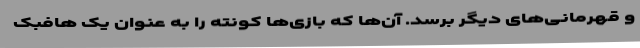
و قهرمانی‌های دیگر برسد. آن‌ها که بازی‌ها کونته را به عنوان یک هافبک